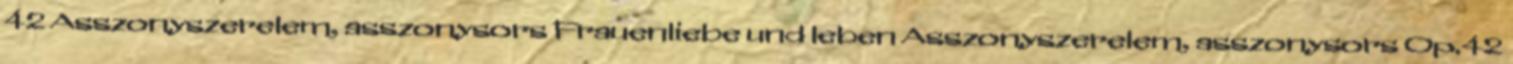
42 Asszonyszerelem, asszonysors Frauenliebe und leben Asszonyszerelem, asszonysors Op.42